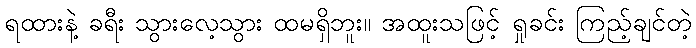
ရထားနဲ့ ခရီး သွားလေ့သွား ထမရှိဘူး။ အထူးသဖြင့် ရှုခင်း ကြည့်ချင်တဲ့